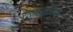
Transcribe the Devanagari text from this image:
राजशाहीनुमा